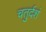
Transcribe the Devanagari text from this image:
चतुर्दशं